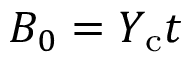
B _ { 0 } = Y _ { \mathrm { c } } t